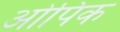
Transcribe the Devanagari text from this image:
ओपिक